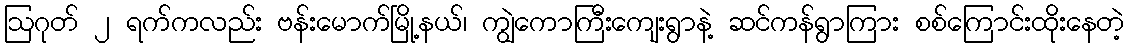
ဩဂုတ် ၂ ရက်ကလည်း ဗန်းမောက်မြို့နယ်၊ ကျွဲကောကြီးကျေးရွာနဲ့ ဆင်ကန်ရွာကြား စစ်ကြောင်းထိုးနေတဲ့